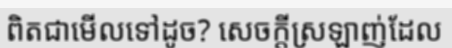
ពិតជាមើលទៅដូច? សេចក្តីស្រឡាញ់ដែល